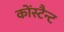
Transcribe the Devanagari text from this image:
कोंस्टैन्ट